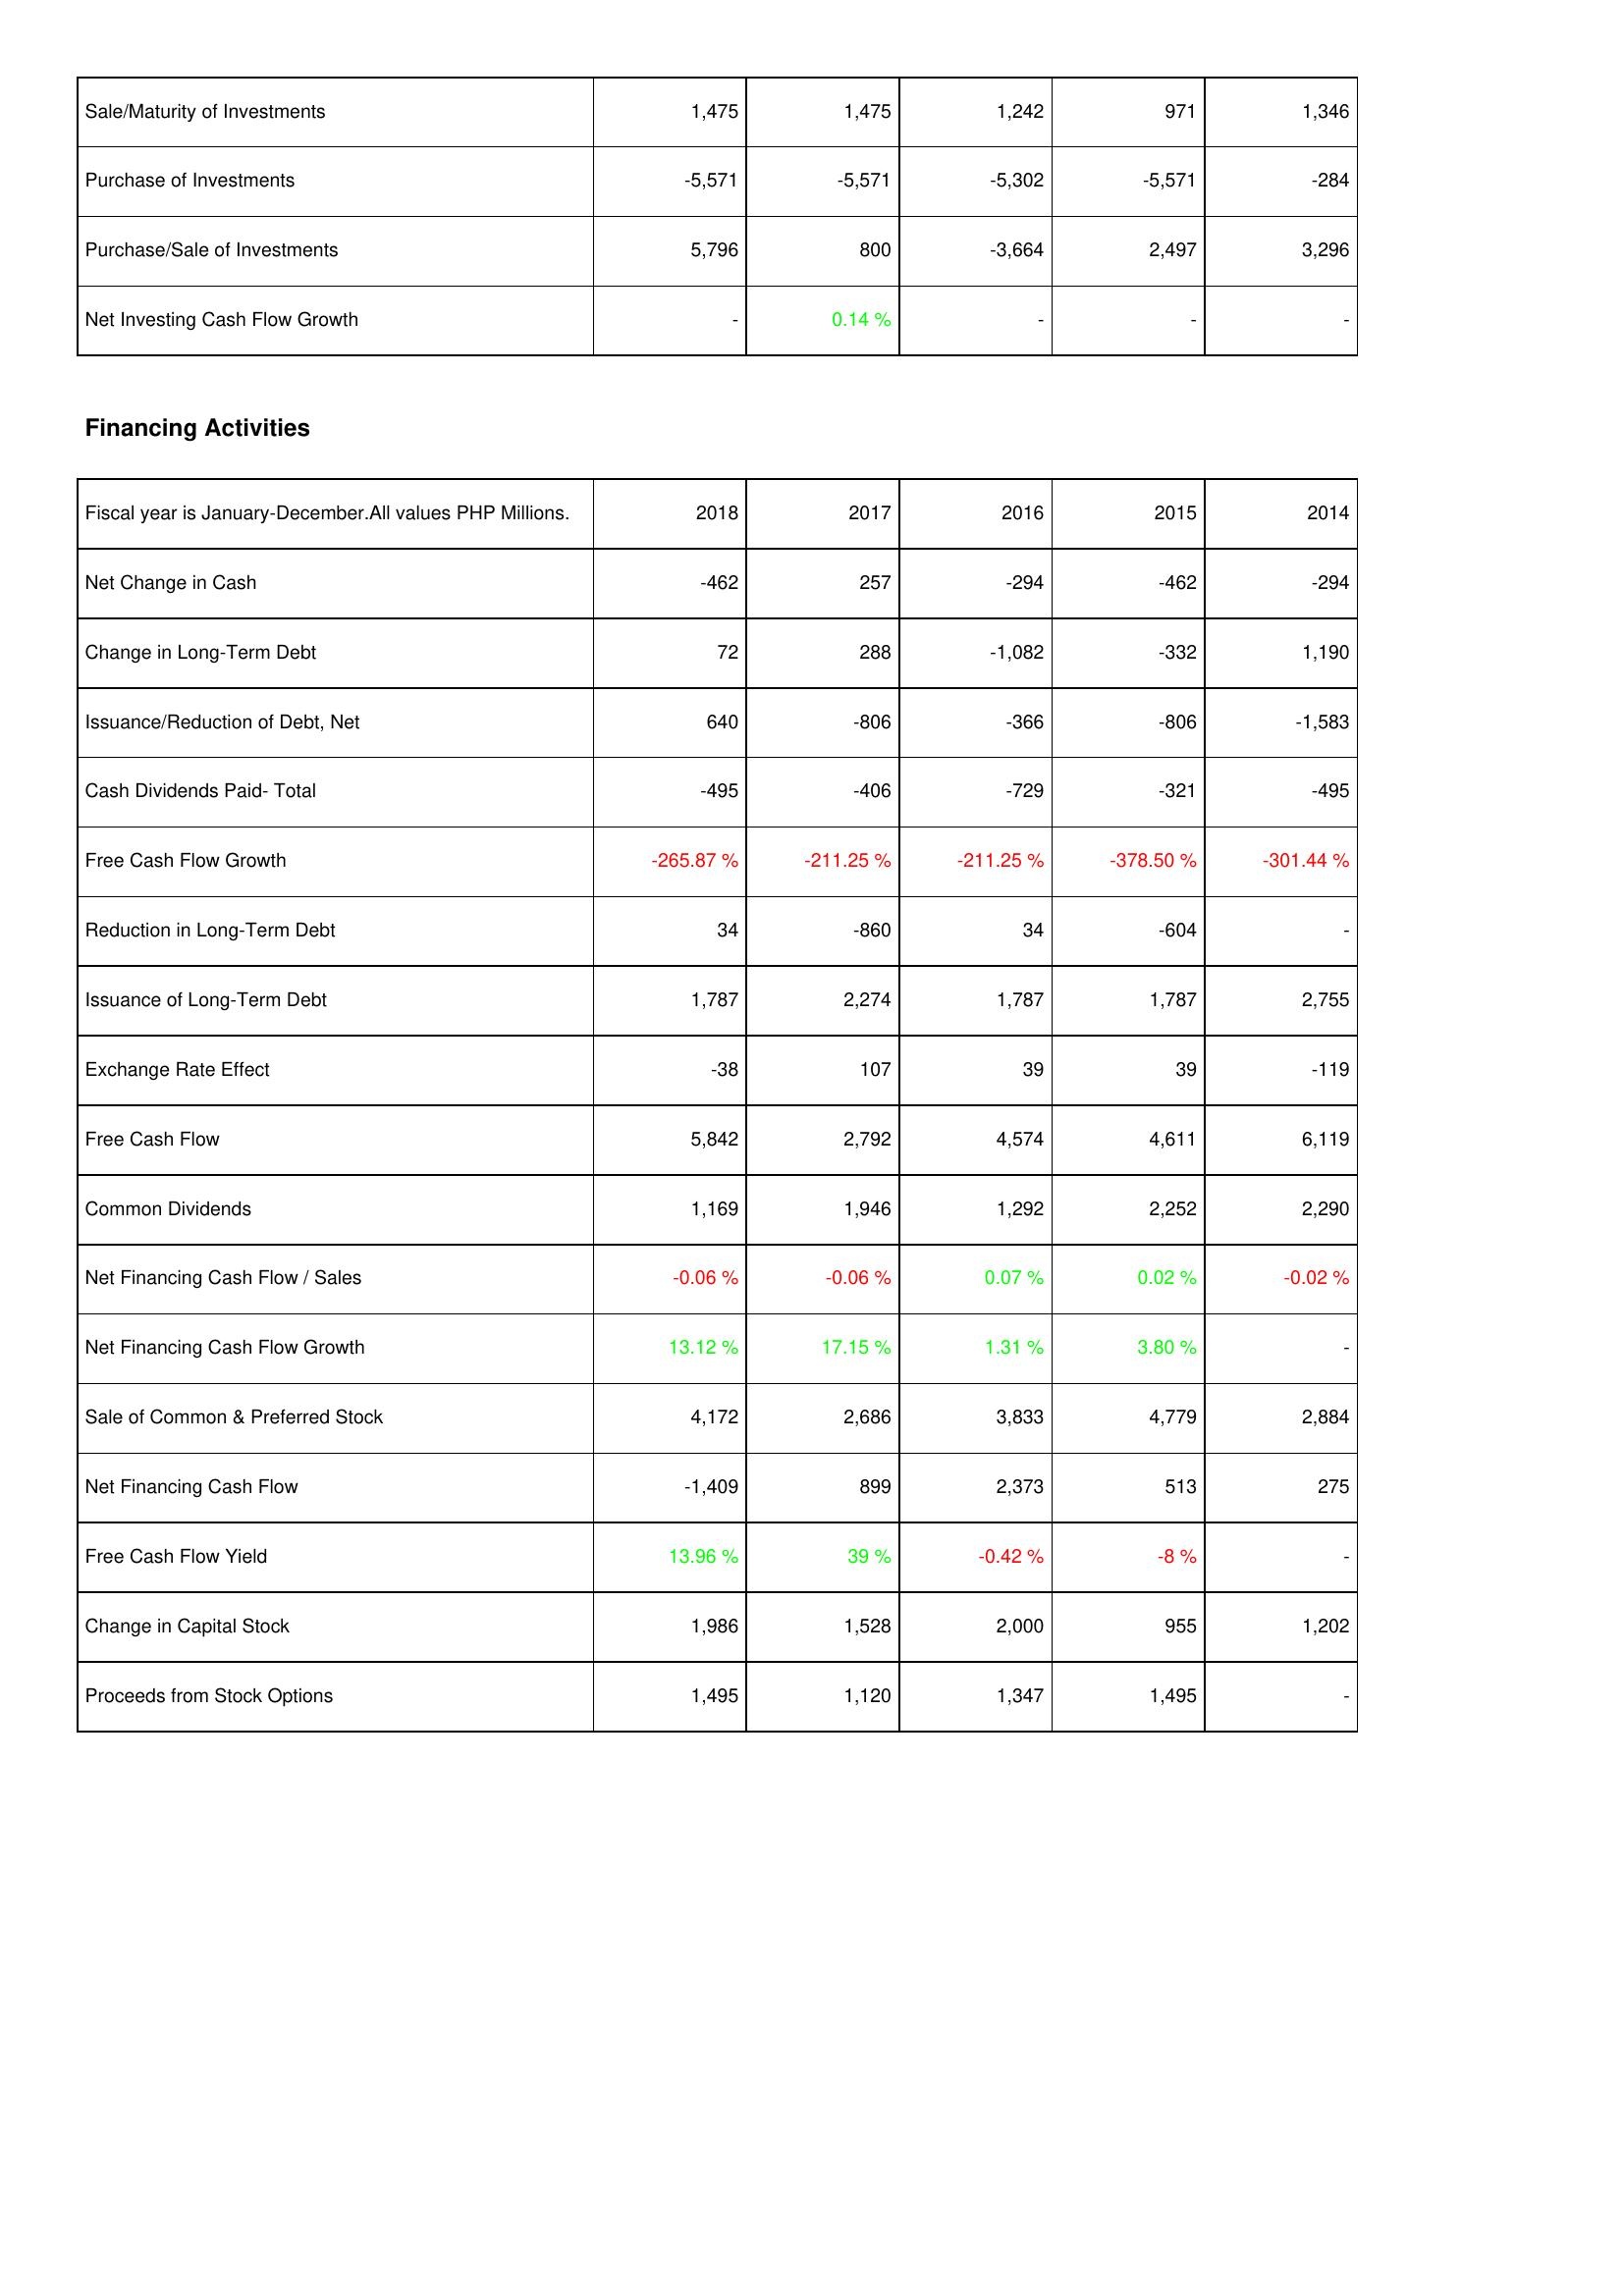
2018: Investing Activities: Sale/Maturity of Investments: 1,475
Purchase of Investments: -5,571
Purchase/Sale of Investments: 5,796
Net Investing Cash Flow Growth: -
Financing Activities: Net Change in Cash: -462
Change in Long-Term Debt: 72
Issuance/Reduction of Debt, Net: 640
Cash Dividends Paid- Total: -495
Free Cash Flow Growth: -265.87 %
Reduction in Long-Term Debt: 34
Issuance of Long-Term Debt: 1,787
Exchange Rate Effect: -38
Free Cash Flow: 5,842
Common Dividends: 1,169
Net Financing Cash Flow / Sales: -0.06 %
Net Financing Cash Flow Growth: 13.12 %
Sale of Common & Preferred Stock: 4,172
Net Financing Cash Flow: -1,409
Free Cash Flow Yield: 13.96 %
Change in Capital Stock: 1,986
Proceeds from Stock Options: 1,495
2017: Investing Activities: Sale/Maturity of Investments: 1,475
Purchase of Investments: -5,571
Purchase/Sale of Investments: 800
Net Investing Cash Flow Growth: 0.14 %
Financing Activities: Net Change in Cash: 257
Change in Long-Term Debt: 288
Issuance/Reduction of Debt, Net: -806
Cash Dividends Paid- Total: -406
Free Cash Flow Growth: -211.25 %
Reduction in Long-Term Debt: -860
Issuance of Long-Term Debt: 2,274
Exchange Rate Effect: 107
Free Cash Flow: 2,792
Common Dividends: 1,946
Net Financing Cash Flow / Sales: -0.06 %
Net Financing Cash Flow Growth: 17.15 %
Sale of Common & Preferred Stock: 2,686
Net Financing Cash Flow: 899
Free Cash Flow Yield: 39 %
Change in Capital Stock: 1,528
Proceeds from Stock Options: 1,120
2016: Investing Activities: Sale/Maturity of Investments: 1,242
Purchase of Investments: -5,302
Purchase/Sale of Investments: -3,664
Net Investing Cash Flow Growth: -
Financing Activities: Net Change in Cash: -294
Change in Long-Term Debt: -1,082
Issuance/Reduction of Debt, Net: -366
Cash Dividends Paid- Total: -729
Free Cash Flow Growth: -211.25 %
Reduction in Long-Term Debt: 34
Issuance of Long-Term Debt: 1,787
Exchange Rate Effect: 39
Free Cash Flow: 4,574
Common Dividends: 1,292
Net Financing Cash Flow / Sales: 0.07 %
Net Financing Cash Flow Growth: 1.31 %
Sale of Common & Preferred Stock: 3,833
Net Financing Cash Flow: 2,373
Free Cash Flow Yield: -0.42 %
Change in Capital Stock: 2,000
Proceeds from Stock Options: 1,347
2015: Investing Activities: Sale/Maturity of Investments: 971
Purchase of Investments: -5,571
Purchase/Sale of Investments: 2,497
Net Investing Cash Flow Growth: -
Financing Activities: Net Change in Cash: -462
Change in Long-Term Debt: -332
Issuance/Reduction of Debt, Net: -806
Cash Dividends Paid- Total: -321
Free Cash Flow Growth: -378.50 %
Reduction in Long-Term Debt: -604
Issuance of Long-Term Debt: 1,787
Exchange Rate Effect: 39
Free Cash Flow: 4,611
Common Dividends: 2,252
Net Financing Cash Flow / Sales: 0.02 %
Net Financing Cash Flow Growth: 3.80 %
Sale of Common & Preferred Stock: 4,779
Net Financing Cash Flow: 513
Free Cash Flow Yield: -8 %
Change in Capital Stock: 955
Proceeds from Stock Options: 1,495
2014: Investing Activities: Sale/Maturity of Investments: 1,346
Purchase of Investments: -284
Purchase/Sale of Investments: 3,296
Net Investing Cash Flow Growth: -
Financing Activities: Net Change in Cash: -294
Change in Long-Term Debt: 1,190
Issuance/Reduction of Debt, Net: -1,583
Cash Dividends Paid- Total: -495
Free Cash Flow Growth: -301.44 %
Reduction in Long-Term Debt: -
Issuance of Long-Term Debt: 2,755
Exchange Rate Effect: -119
Free Cash Flow: 6,119
Common Dividends: 2,290
Net Financing Cash Flow / Sales: -0.02 %
Net Financing Cash Flow Growth: -
Sale of Common & Preferred Stock: 2,884
Net Financing Cash Flow: 275
Free Cash Flow Yield: -
Change in Capital Stock: 1,202
Proceeds from Stock Options: -